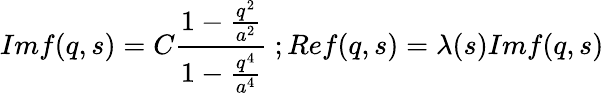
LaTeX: Imf(q,s)=C\frac{1-\frac{q^{2}}{a^{2}}}{1-\frac{q^{4}}{a^{4}}}\ ;Ref(q,s)=\lambda(s)Imf(q,s)